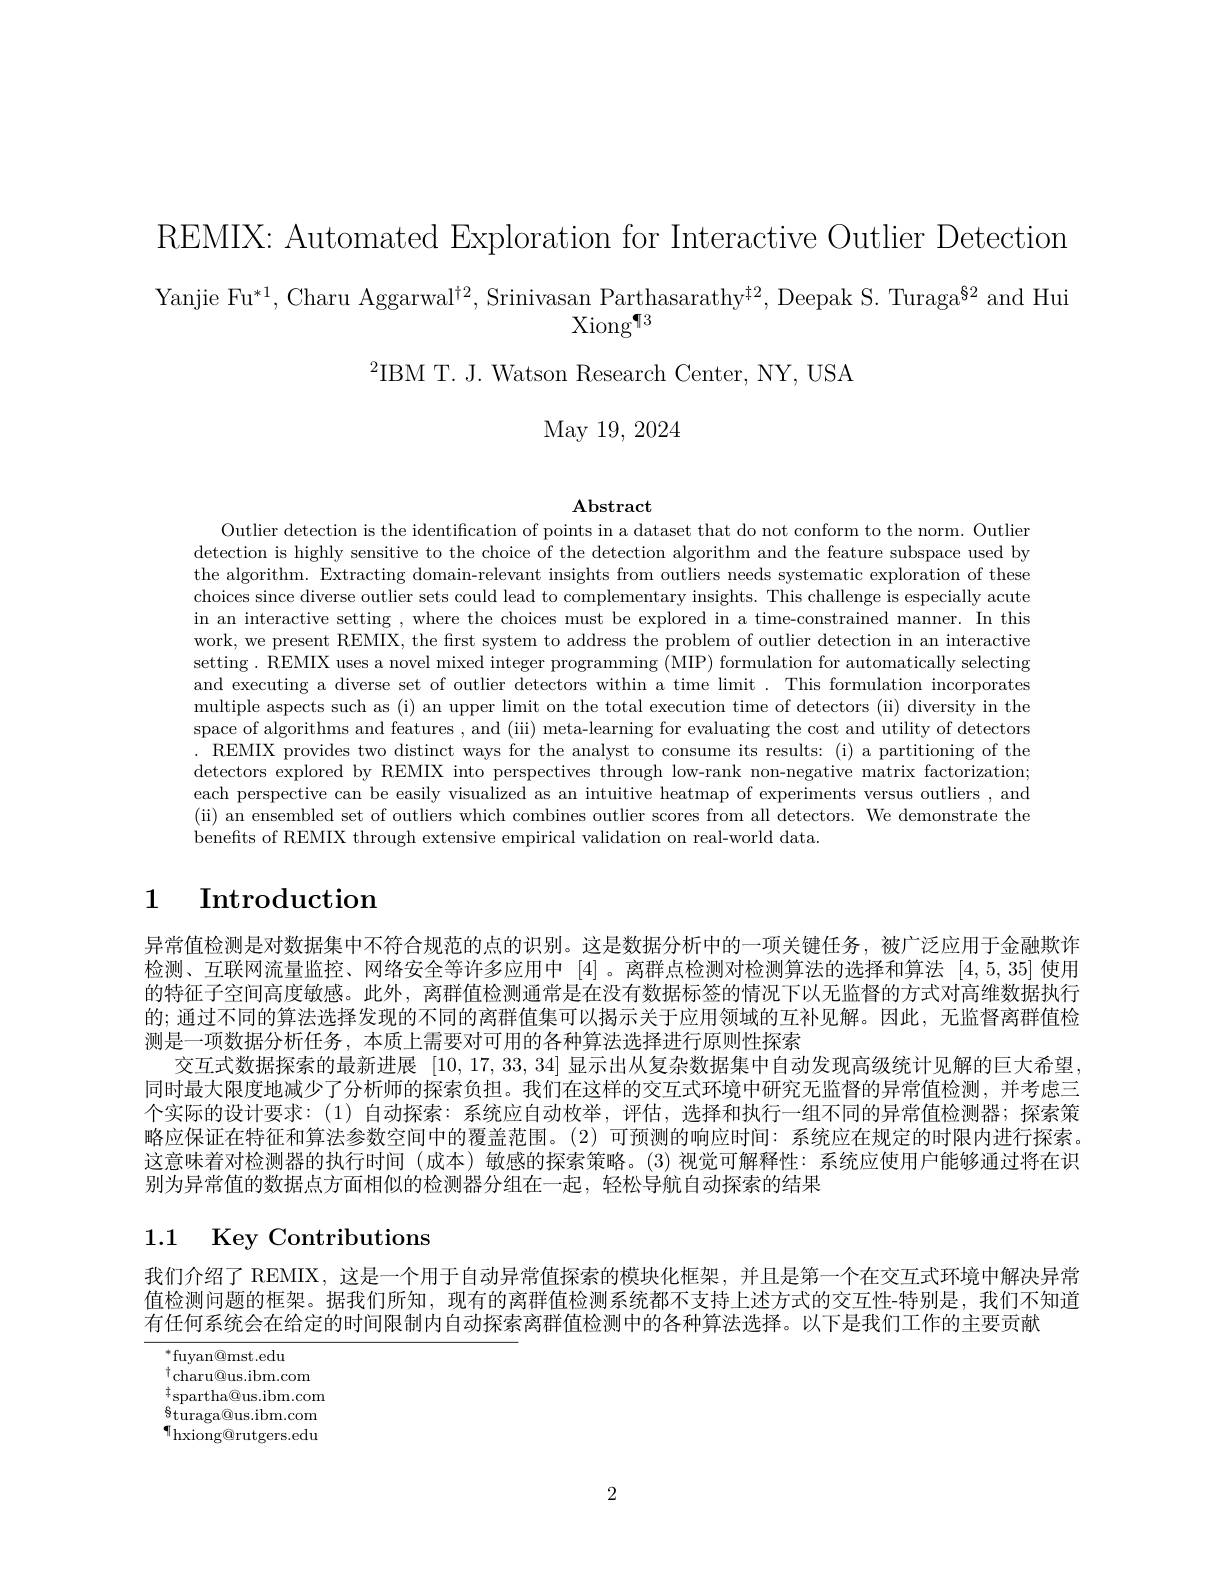
REMIX: Automated Exploration for Interactive Outlier Detection $\begin{array}{c}\text{Yanjie Fu}^{*1},\text{Charu Aggarwal}^{\dagger2},\text{Srinivasan Parthasarathy}^{\dagger2},\text{Deepak S.Turaga}^{82}\text{and Hui}\\\text{Xiong}^{\P3}\end{array}$

$^{2}$IBM T. J. Watson Research Center, NY, USA

# May 19, 2024

$\mathbf{Abstract}$

Outlier detection is the identification of points in a dataset that do not conform to the norm. Outlier detection is highly sensitive to the choice of the detection algorithm and the feature subspace used by the algorithm. Extracting domain-relevant insights from outliers needs systematic exploration of these choices since diverse outlier sets could lead to complementary insights. This challenge is especially acute in an interactive setting , where the choices must be explored in a time-constrained manner. In this work, we present REMIX, the frst system to address the problem of outlier detection in an interactive setting. REMIX uses a novel mixed integer programming (MIP) formulation for automatically selecting and executing a diverse set of outlier detectors within a time limit . This formulation incorporates multiple aspects such as (i) an upper limit on the total execution time of detectors (ii) diversity in the space of algorithms and features , and (iii) meta-learning for evaluating the cost and utility of detectors . REMIX provides two distinct ways for the analyst to consume its results: (i) a partitioning of the detectors explored by REMIX into perspectives through low-rank non-negative matrix factorization; each perspective can be easily visualized as an intuitive heatmap of experiments versus outliers , and (ii) an ensembled set of outliers which combines outlier scores from all detectors. We demonstrate the benefts of REMIX through extensive empirical validation on real-world data.

## 1 Introduction

异常值检测是对数据集中不符合规范的点的识别。这是数据分析中的一项关键任务，被广泛应用于金融欺诈检测、互联网流量监控、网络安全等许多应用中[4] 。离群点检测对检测算法的选择和算法[4,5,35]使用的特征子空间高度敏感。此外，离群值检测通常是在没有数据标签的情况下以无监督的方式对高维数据执行的；通过不同的算法选择发现的不同的离群值集可以揭示关于应用领域的互补见解。因此，无监督离群值检测是一项数据分析任务，本质上需要对可用的各种算法选择进行原则性探索
交互式数据探索的最新进展[10,17,33,34]显示出从复杂数据集中自动发现高级统计见解的巨大希望同时最大限度地减少了分析师的探索负担。我们在这样的交互式环境中研究无监督的异常值检测，并考虑三个实际的设计要求：(1)自动探索：系统应自动枚举，评估，选择和执行一组不同的异常值检测器；探索策略应保证在特征和算法参数空间中的覆盖范围。(2)可预测的响应时间：系统应在规定的时限内进行探索。这意味着对检测器的执行时间 (成本)敏感的探索策略。(3)视觉可解释性：系统应使用户能够通过将在识别为异常值的数据点方面相似的检测器分组在一起，轻松导航自动探索的结果

# 1.1 Key Contributions

我们介绍了 REMIX, 这是一个用于自动异常值探索的模块化框架，并且是第一个在交互式环境中解决异常值检测问题的框架。据我们所知，现有的离群值检测系统都不支持上述方式的交互性-特别是，我们不知道有任何系统会在给定的时间限制内自动探索离群值检测中的各种算法选择。以下是我们工作的主要贡献

$^{*}$fuyan@mst.edu
$^{\dagger}$charu@us.ibm.com $\underset{a}{\operatorname*{\operatorname*{\operatorname*{\operatorname*{t}}}}}$spartha@us.ibm.com $\S$turaga@us.ibm.com ${}^{\P}$hxiong@rutgers.edu

2